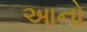
આનો